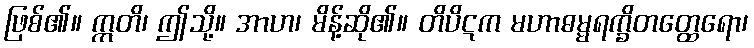
ဖြစ်၏။ ဣတိ၊ ဤသို့။ အာဟ၊ မိန့်ဆို၏။ တိပိဋက မဟာဓမ္မရက္ခိတတ္ထေရော၊